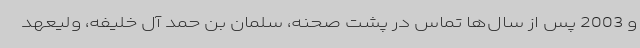
و 2003 پس از سال‌ها تماس در پشت صحنه، سلمان بن حمد آل خلیفه، ولیعهد